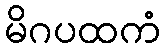
မိဂပထကံ